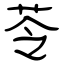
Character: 苓